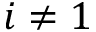
i \neq 1